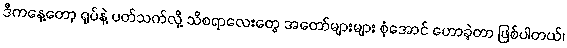
ဒီကနေ့တော့ ရုပ်နဲ့ ပတ်သက်လို့ သိစရာလေးတွေ အတော်များများ စုံအောင် ဟောခဲ့တာ ဖြစ်ပါတယ်၊